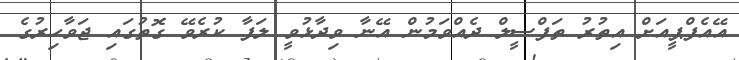
އޭއެފްޕީއަށް އިތުރު ތަފްސީލް ދެއްވަމުން އޭނާ ވިދާޅުވީ ލަފާ ކުރެވޭ ގޮތުގައި ޖަވާހިރުގެ